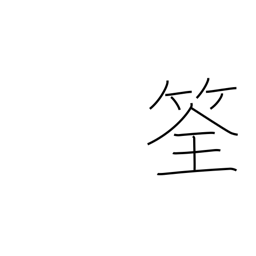
Meaning: fish trap